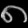
Digit: ၈